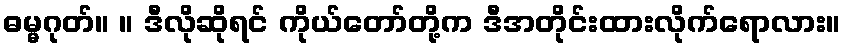
ဓမ္မဂုတ်။ ။ ဒီလိုဆိုရင် ကိုယ်တော်တို့က ဒီအတိုင်းထားလိုက်ရောလား။